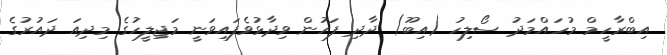
އިބްރާހީމް މުހައްމަދު ސޯލިހު (އިބޫ) ދާދި ފަހުން ވިދާޅުވެފައިވަނީ މަޖިލީހުގެ މިދިއަ ދައުރުގެ